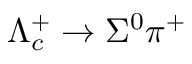
\Lambda _ { c } ^ { + } \to \Sigma ^ { 0 } \pi ^ { + }